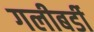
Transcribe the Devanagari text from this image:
गलीबर्डी